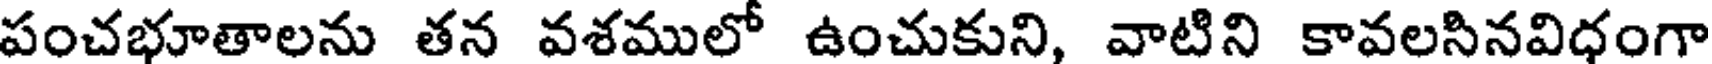
పంచభూతాలను తన వశములో ఉంచుకుని, వాటిని కావలసినవిధంగా